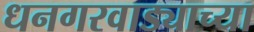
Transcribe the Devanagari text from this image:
धनगरवाड्याच्या